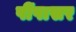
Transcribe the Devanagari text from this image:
पींपासर